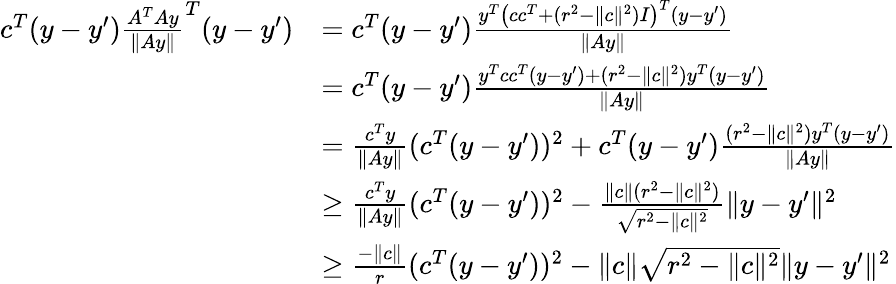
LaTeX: \begin{array}{rl}{c^{T}(y-y^{\prime})\frac{A^{T}Ay}{\| Ay\| }^{T}(y-y^{\prime})}&{=c^{T}(y-y^{\prime})\frac{y^{T}\left(cc^{T}+(r^{2}-\| c\| ^{2})I\right)^{T}(y-y^{\prime})}{\| Ay\| }}\\ &{=c^{T}(y-y^{\prime})\frac{y^{T}cc^{T}(y-y^{\prime})+(r^{2}-\| c\| ^{2})y^{T}(y-y^{\prime})}{\| Ay\| }}\\ &{=\frac{c^{T}y}{\| Ay\| }(c^{T}(y-y^{\prime}))^{2}+c^{T}(y-y^{\prime})\frac{(r^{2}-\| c\| ^{2})y^{T}(y-y^{\prime})}{\| Ay\| }}\\ &{\geq\frac{c^{T}y}{\| Ay\| }(c^{T}(y-y^{\prime}))^{2}-\frac{\| c\| (r^{2}-\| c\| ^{2})}{\sqrt{r^{2}-\| c\| ^{2}}}\| y-y^{\prime}\| ^{2}}\\ &{\geq\frac{-\| c\| }{r}(c^{T}(y-y^{\prime}))^{2}-\| c\| \sqrt{r^{2}-\| c\| ^{2}}\| y-y^{\prime}\| ^{2}}\end{array}